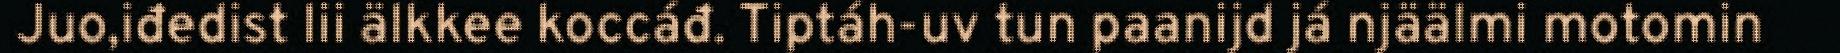
Juo,iđedist lii älkkee koccáđ. Tiptáh-uv tun paanijd já njäälmi motomin